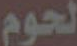
لحوم